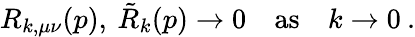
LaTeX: R_{k,\mu\nu}(p),\: \tilde{R}_{k}(p)\to 0\quad\mathrm{as}\quad k\to 0\: .